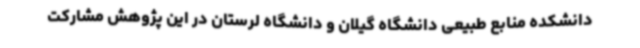
دانشکده منابع طبیعی دانشگاه گیلان و دانشگاه لرستان در این پژوهش مشارکت